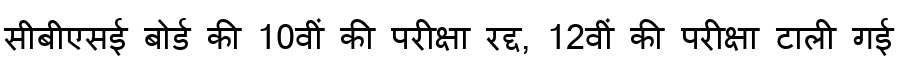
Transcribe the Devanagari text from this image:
सीबीएसई बोर्ड की 10वीं की परीक्षा रद्द, 12वीं की परीक्षा टाली गई